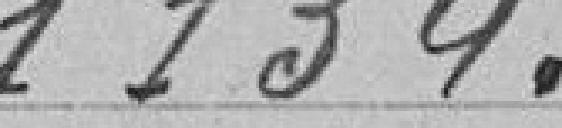
1 134 francs